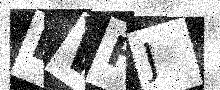
Text: EWHJ